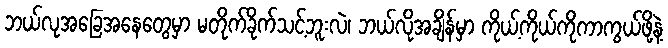
ဘယ်လုအခြေအနေတွေမှာ မတိုက်ခိုက်သင့်ဘူးလဲ၊ ဘယ်လိုအချိန်မှာ ကိုယ့်ကိုယ်ကိုကာကွယ်ဖို့နဲ့